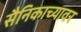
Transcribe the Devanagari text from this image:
सैनिकाच्यावर